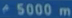
5000m